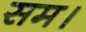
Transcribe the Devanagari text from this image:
सम।